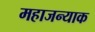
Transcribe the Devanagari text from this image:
महाजन्याक